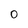
Character: 0